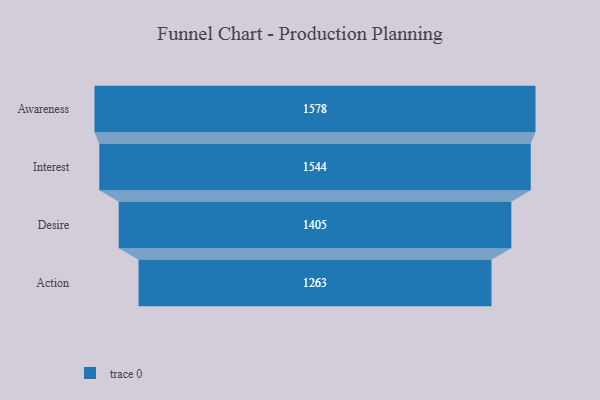
{"axis": {"x": "Stage", "y": "Value"}, "legend": [""], "data": [{"x": "Awareness", "y": 1578.0, "type": ""}, {"x": "Interest", "y": 1544.0, "type": ""}, {"x": "Desire", "y": 1405.0, "type": ""}, {"x": "Action", "y": 1263.0, "type": ""}]}